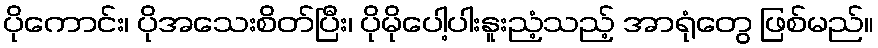
ပိုကောင်း၊ ပိုအသေးစိတ်ပြီး၊ ပိုမိုပေါ့ပါးနူးညံ့သည့် အာရုံတွေ ဖြစ်မည်။